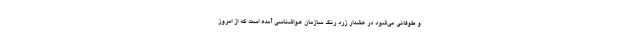
و طوفانی می‌شود در هشدار زرد رنگ سازمان هواشناسی آمده است که از امروز